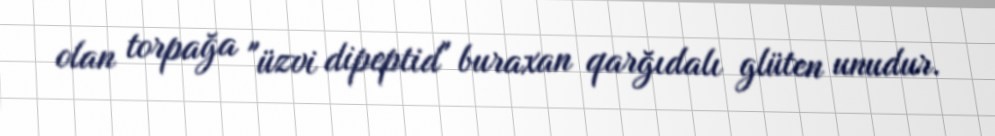
olan torpağa "üzvi dipeptid" buraxan qarğıdalı glüten unudur.